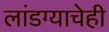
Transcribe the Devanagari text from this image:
लांडग्याचेही